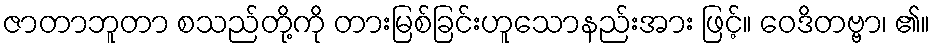
ဇာတာဘူတာ စသည်တို့ကို တားမြစ်ခြင်းဟူသောနည်းအား ဖြင့်။ ဝေဒိတဗ္ဗာ၊ ၏။